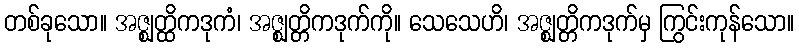
တစ်ခုသော။ အဇ္ဈတ္ထိကဒုကံ၊ အဇ္ဈတ္တိကဒုက်ကို။ သေသေဟိ၊ အဇ္ဈတ္တိကဒုက်မှ ကြွင်းကုန်သော။